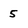
Character: 5